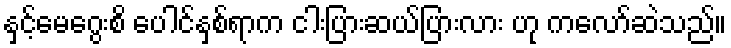
နှင့်မေဂွေးစိ ပေါင်နှစ်ရာက ငါးပြားဆယ်ပြားလား ဟု ကလော်ဆဲသည်။